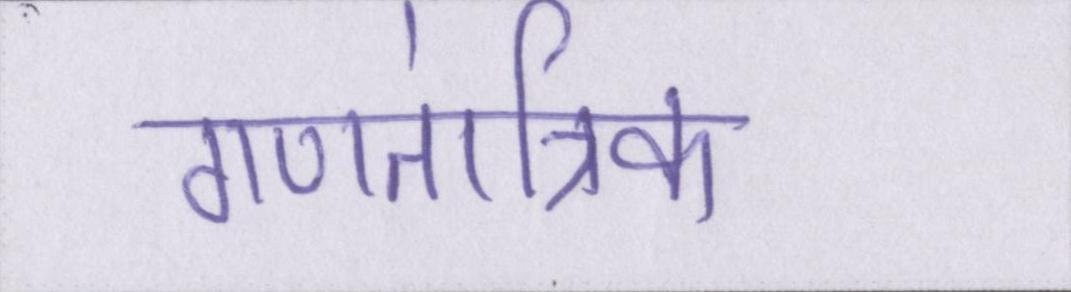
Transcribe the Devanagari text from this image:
गणतांत्रिक